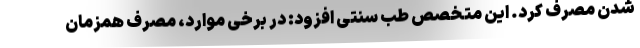
شدن مصرف کرد. این متخصص طب سنتی افزود: در برخی موارد، مصرف همزمان